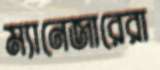
ম্যানেজারেরা